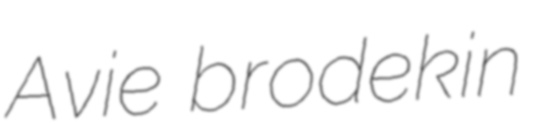
Avie brodekin